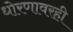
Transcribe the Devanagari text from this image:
धोरणावरही